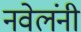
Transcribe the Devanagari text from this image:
नवेलंनी